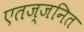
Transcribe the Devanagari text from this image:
एतज्जनित